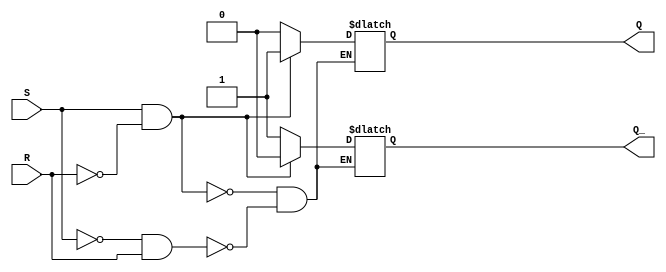
module sr_flipflop (
    input wire S,
    input wire R,
    output reg Q,
    output reg Q_
);

always @(S or R) begin
    if (S && !R) begin
        Q <= 1'b1;
        Q_ <= 1'b0;
    end else if (!S && R) begin
        Q <= 1'b0;
        Q_ <= 1'b1;
    end else begin
        Q <= Q;
        Q_ <= Q_;
    end
end

endmodule